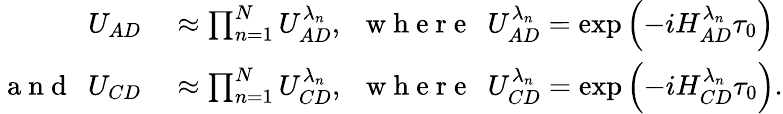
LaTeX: \begin{array}{rl}{U_{AD}}&{{}\approx\prod_{n=1}^{N}U_{AD}^{\lambda_{n}},~~\mathrm{~w~h~e~r~e~}~~U_{AD}^{\lambda_{n}}=\exp\left(-iH_{AD}^{\lambda_{n}}\tau_{0}\right)}\\ {\mathrm{~a~n~d~}~~U_{CD}}&{{}\approx\prod_{n=1}^{N}U_{CD}^{\lambda_{n}},~~\mathrm{~w~h~e~r~e~}~~U_{CD}^{\lambda_{n}}=\exp\left(-iH_{CD}^{\lambda_{n}}\tau_{0}\right).}\end{array}